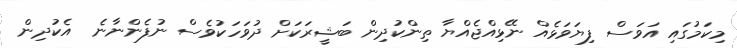
މިކަމުގައި އަވަސް ފިޔަވަޅެއް ނޭޅިއްޖެއްޔާ ތިންކުދިން ބަޝީރަކަށް ދުވަހަކުވެސް ނުފެންނާނެ  އެކުދިން